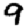
Digit: 9